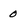
Character: 0